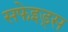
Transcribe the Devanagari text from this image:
सफेइड्स